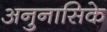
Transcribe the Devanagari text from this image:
अनुनासिके